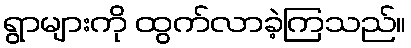
ရွာများကို ထွက်လာခဲ့ကြသည်။